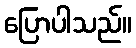
ပြောပါသည်။